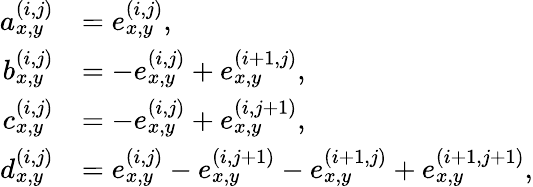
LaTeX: \begin{array}{rl}{a_{x,y}^{(i,j)}}&{=e_{x,y}^{(i,j)},}\\ {b_{x,y}^{(i,j)}}&{=-e_{x,y}^{(i,j)}+e_{x,y}^{(i+1,j)},}\\ {c_{x,y}^{(i,j)}}&{=-e_{x,y}^{(i,j)}+e_{x,y}^{(i,j+1)},}\\ {d_{x,y}^{(i,j)}}&{=e_{x,y}^{(i,j)}-e_{x,y}^{(i,j+1)}-e_{x,y}^{(i+1,j)}+e_{x,y}^{(i+1,j+1)},}\end{array}